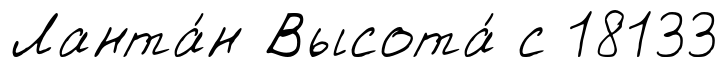
Ланта́н Высота́ с 18133